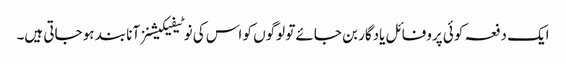
ایک دفعہ کوئی پروفائل یادگار بن جائے تو لوگوں کو اس کی نوٹیفیکیشنز آنا بند ہو جاتی ہیں۔